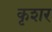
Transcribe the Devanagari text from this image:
कृशर